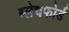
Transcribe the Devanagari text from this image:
ब्लेचफोर्ड